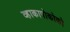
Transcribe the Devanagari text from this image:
व्हाकापोकोको